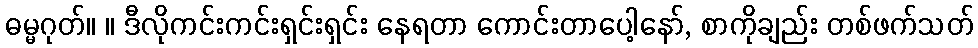
ဓမ္မဂုတ်။ ။ ဒီလိုကင်းကင်းရှင်းရှင်း နေရတာ ကောင်းတာပေါ့နော်, စာကိုချည်း တစ်ဖက်သတ်